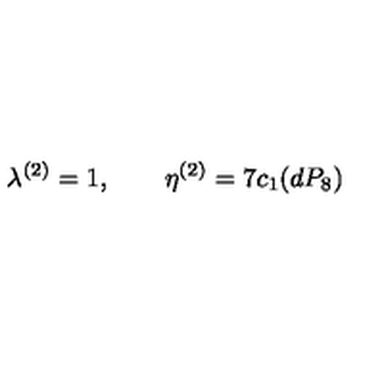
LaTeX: \lambda ^ { ( 2 ) } = 1 , \qquad \eta ^ { ( 2 ) } = 7 c _ { 1 } ( d P _ { 8 } )